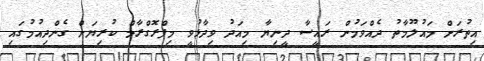
އިތުރަށް މައުލޫމާތު ދެއްވަމުން ރައީސާ ދީނިޔާ މިއަދު ވިދާޅުވީ މިޕްރޮގްރާމް ކުރިޔަށް ގެންދިއުމުގައި